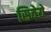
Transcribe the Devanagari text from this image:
सिवेये